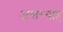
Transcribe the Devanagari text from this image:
असरयाह